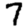
Digit: 7